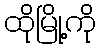
ထိုမြို့ကို